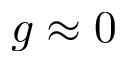
g \approx 0